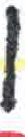
אות: ן